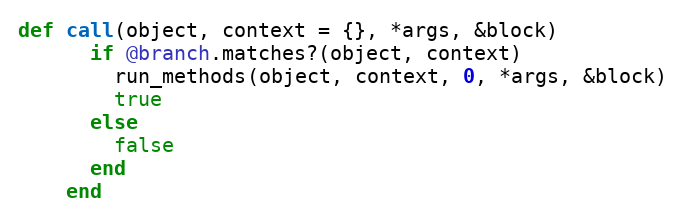
Language: Ruby
def call(object, context = {}, *args, &block)
      if @branch.matches?(object, context)
        run_methods(object, context, 0, *args, &block)
        true
      else
        false
      end
    end